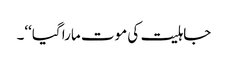
جاہلیت کی موت مارا گیا‘‘۔